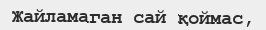
Жайламаган сай қоймас,